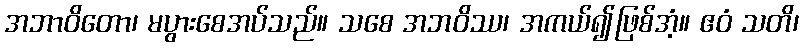
အဘာဝိတော၊ မပွားစေအပ်သည်။ သစေ အဘဝိဿ၊ အကယ်၍ဖြစ်အံ့။ ဧဝံ သတိ၊